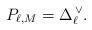
LaTeX: \begin{align*}P_{\ell,M}=\Delta_\ell^{\,\vee}.\end{align*}